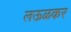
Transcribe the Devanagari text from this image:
लऊळकर